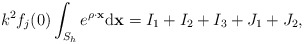
\begin{align*}k^2f_j(0)\int_{S_h}e^{\rho \cdot \mathbf x}\mathrm d \mathbf x=I_1+I_2+I_3+J_1+J_2,\end{align*}